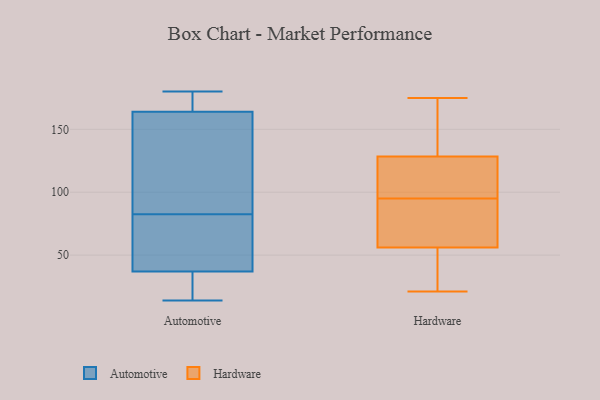
{"axis": {"x": "Tickets Resolved", "y": "Value"}, "legend": ["Automotive", "Hardware"], "data": [{"x": "", "y": 170, "type": "Automotive"}, {"x": "", "y": 14, "type": "Automotive"}, {"x": "", "y": 74, "type": "Automotive"}, {"x": "", "y": 164, "type": "Automotive"}, {"x": "", "y": 35, "type": "Automotive"}, {"x": "", "y": 91, "type": "Automotive"}, {"x": "", "y": 37, "type": "Automotive"}, {"x": "", "y": 180, "type": "Automotive"}, {"x": "", "y": 114, "type": "Automotive"}, {"x": "", "y": 69, "type": "Automotive"}, {"x": "", "y": 21, "type": "Hardware"}, {"x": "", "y": 175, "type": "Hardware"}, {"x": "", "y": 109, "type": "Hardware"}, {"x": "", "y": 46, "type": "Hardware"}, {"x": "", "y": 81, "type": "Hardware"}, {"x": "", "y": 126, "type": "Hardware"}, {"x": "", "y": 131, "type": "Hardware"}, {"x": "", "y": 157, "type": "Hardware"}, {"x": "", "y": 66, "type": "Hardware"}, {"x": "", "y": 77, "type": "Hardware"}, {"x": "", "y": 111, "type": "Hardware"}, {"x": "", "y": 27, "type": "Hardware"}]}